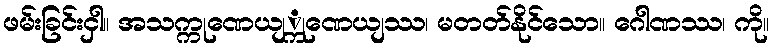
ဖမ်းခြင်းငှါ။ အသက္ကုဏေယျ္ကုဏေယျဿ၊ မတတ်နိုင်သော။ ဂေါဏဿ၊ ကို။